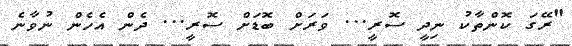
"ރޭގަ ކޮންތާކު ނިދީ ސޮރީ... ވަރަށް ބޮޑަށް ސޮރީ... ދެން އެހެން ނުވާނެ